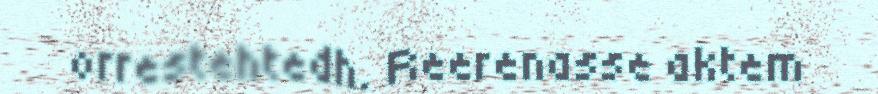
orrestehtedh. Reerenasse aktem